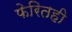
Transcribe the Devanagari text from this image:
फेरितही